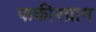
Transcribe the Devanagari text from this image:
फकीरग्राम